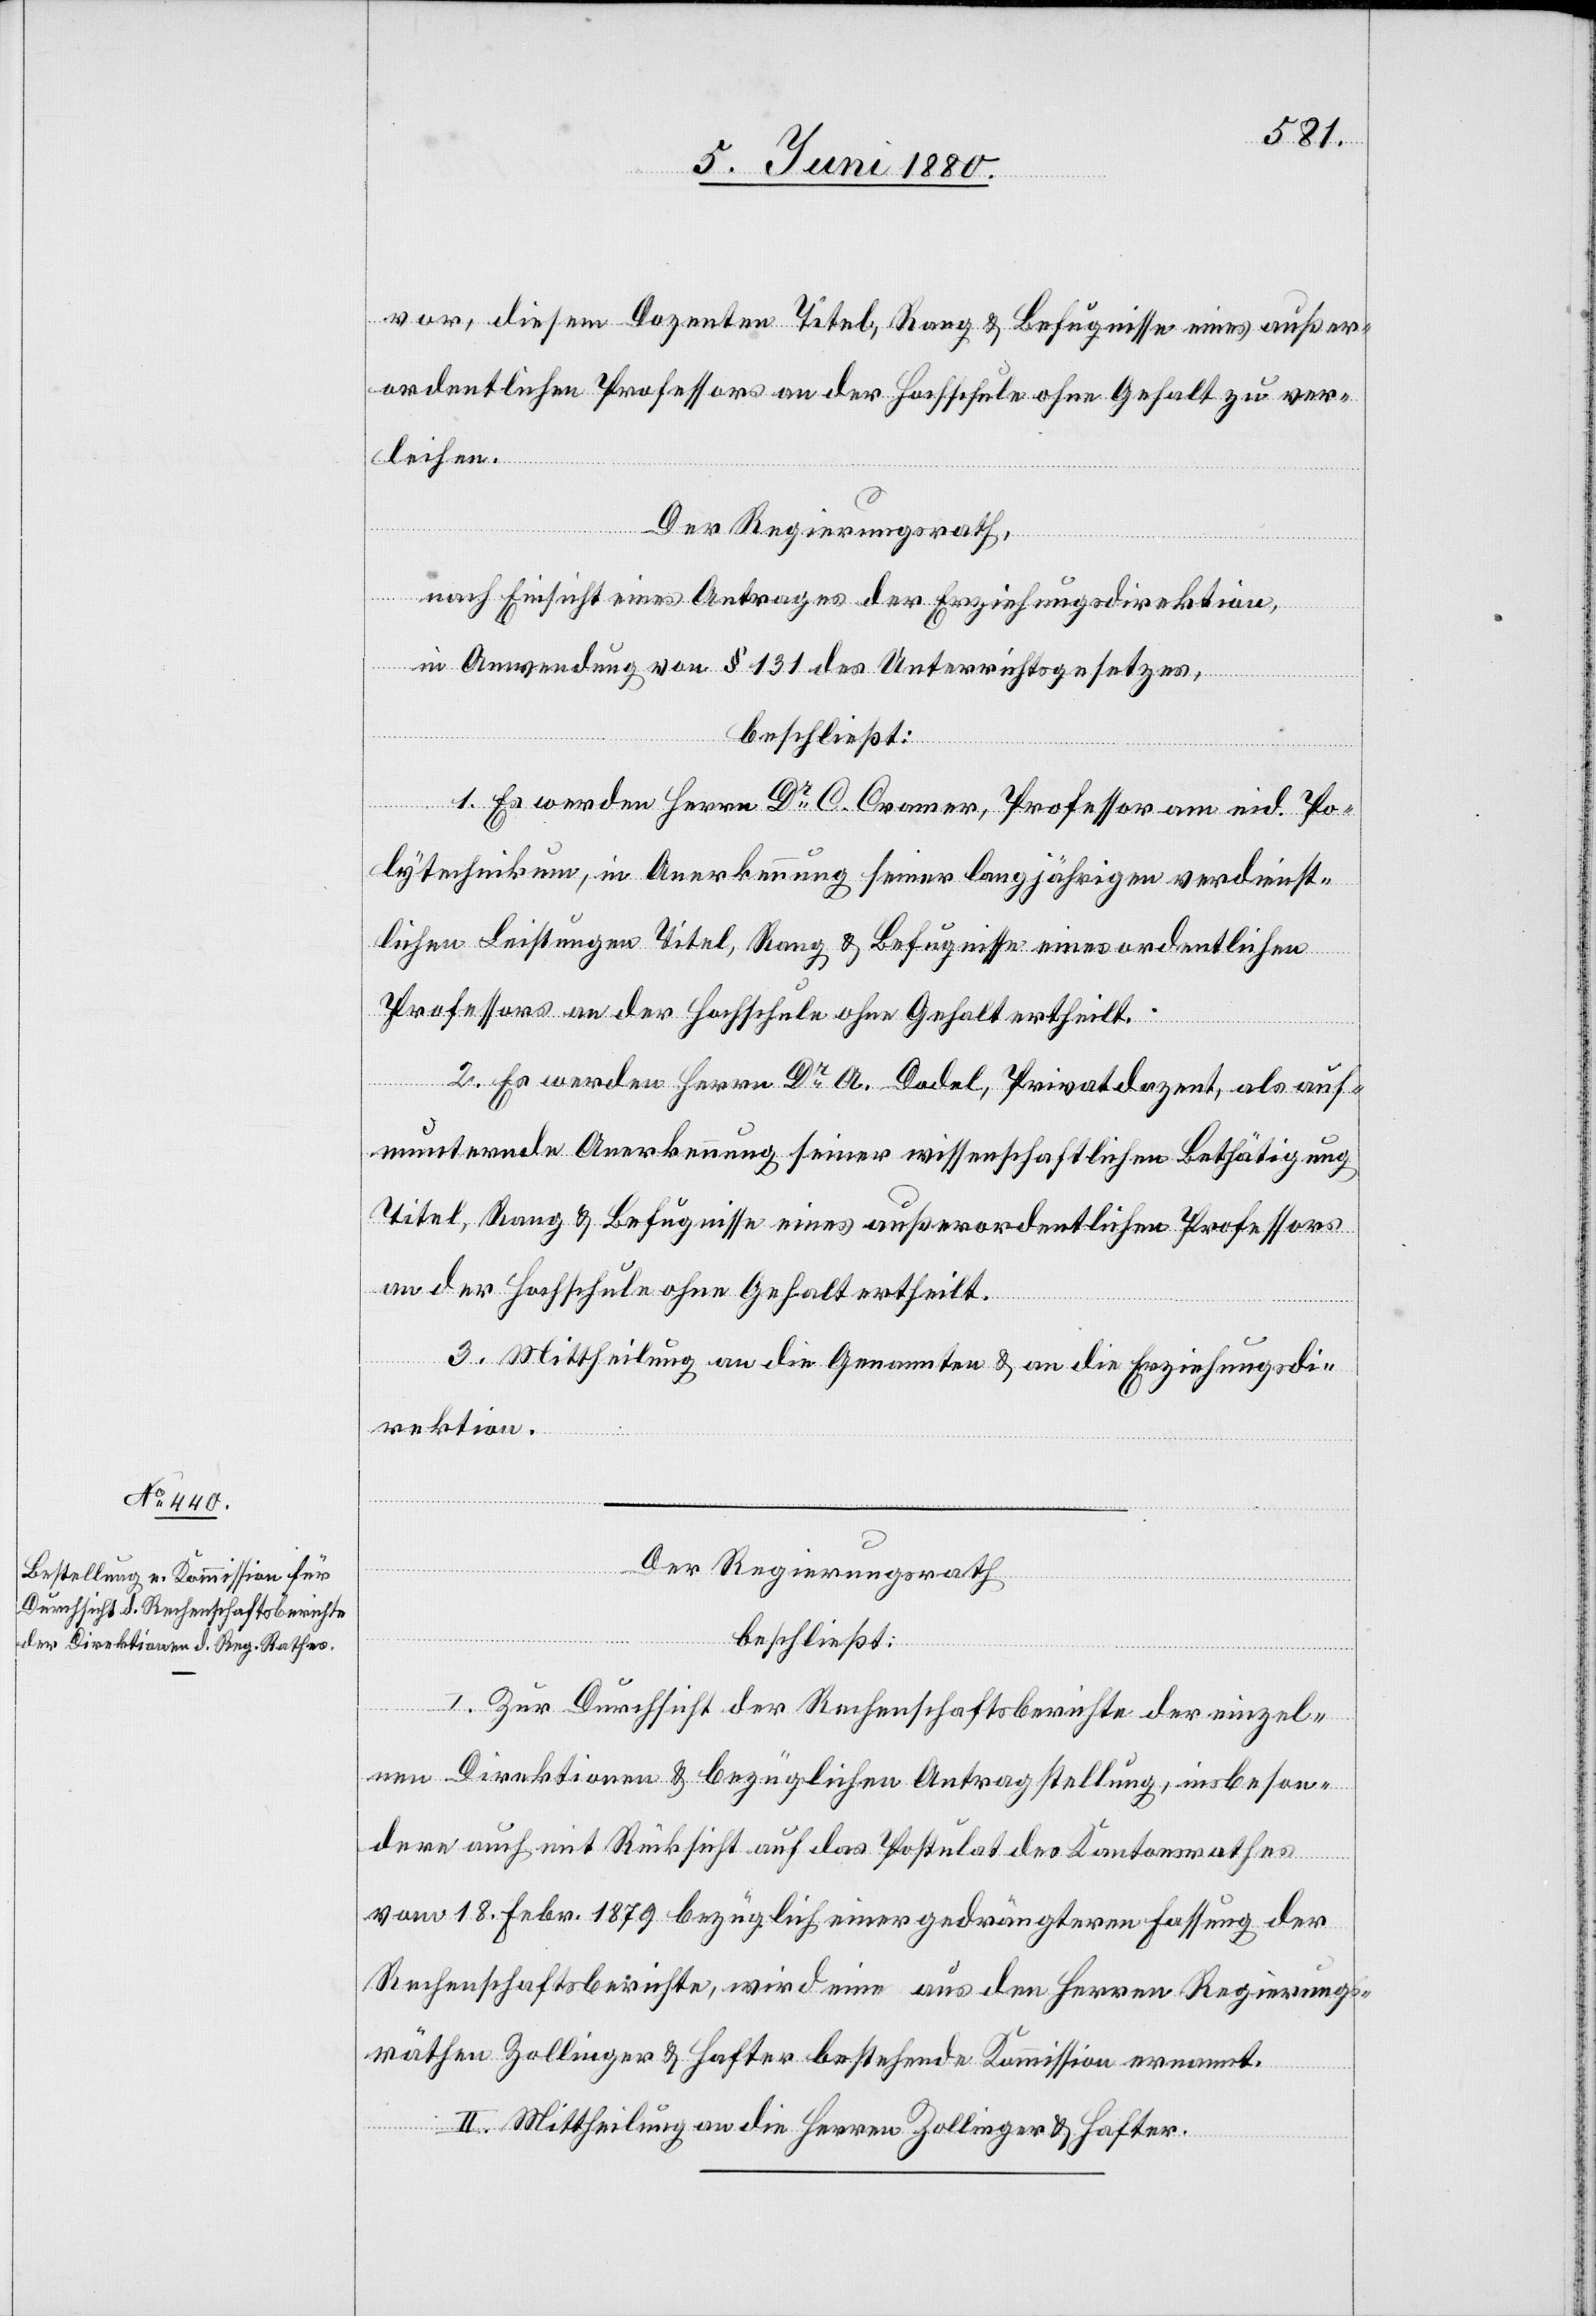
vor, diesem Dozenten Titel, Rang & Befugnisse eines außer¬
ordentlichen Professor an der Hochschule ohne Gehalt zu ver¬
Der Regierungsrath,
nach Einsicht eines Antrages der Erziehungsdirektion,
in Anwendung von § 131 des Unterrichtsgesetzes,
beschließt:
1. Es werden Herrn Dr C. Cramer, Professor am eid. Po¬
lytechnikum, in Anerkennung seiner langjährigen verdienst¬
lichen Leistungen Titel, Rang & Befugnisse eines ordentlichen
Professors an der Hochschule ohne Gehalt ertheilt.
leihen.
2. Es werden Herrn Dr A. Dodel, Privatdozent, als auf¬
munternde Anerkennung seiner wissenschaftlichen Bethätigung
Titel, Rang & Befugnisse eines außerordentlichen Professors
an der Hochschule ohne Gehalt ertheilt.
3. Mittheilung an die Genannten & an die Erziehungsdi¬
rektion.
Der Regierungsrath
beschließt:
I. Zur Durchsicht der Rechenschaftsberichte der einzel¬
nen Direktionen & bezüglichen Antragstellung, insbeson¬
dere auch mit Rücksicht auf das Postulat des Kantonsrathes
vom 18. Febr. 1879 bezüglich einer gedrängteren Fassung der
Rechenschaftsberichte, wird eine aus den Herren Regierungs¬
räthen Zollinger & Hafter bestehende Kommission ernannt.
II. Mittheilung an die Herren Zollinger & Hafter.